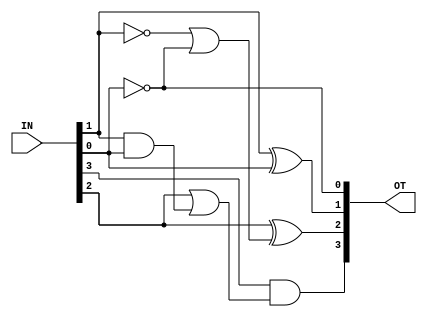
module EXCESS3_TO_BCD(OT,IN);

output [3:0]OT;
input [3:0]IN;
wire w1,w2,w3,w4,w5;
and d1(w1,IN[1],IN[0]);
or r1(w2,IN[2],w1);
and d2(OT[3],IN[3],w2);

not t1(w3,IN[1]);
not t2(w4,IN[0]);
or r2(w5,w3,w4);
xor xr1(OT[2],IN[2],w5);
xor xr2(OT[1],IN[1],IN[0]);
not t3(OT[0],IN[0]);
endmodule


module testt;
reg[3:0]IN;
wire[3:0]OT;

EXCESS3_TO_BCD bb(OT,IN);

initial 
begin
#0 IN = 4'd3;
#100 IN = 4'd4;
#100 IN = 4'd5;
#100 IN = 4'd6;
#100 IN = 4'd7;
end

endmodule